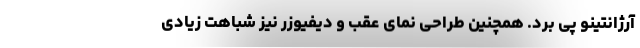
آرژانتینو پی برد. همچنین طراحی نمای عقب و دیفیوزر نیز شباهت زیادی